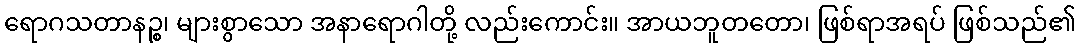
ရောဂသတာနဉ္စ၊ များစွာသော အနာရောဂါတို့ လည်းကောင်း။ အာယဘူတတော၊ ဖြစ်ရာအရပ် ဖြစ်သည်၏